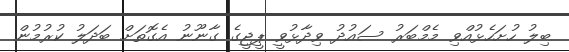
ބިލު ހުށަހެޅުއްވި މެމްބަރު ސައުދު ވިދާޅުވީ ޕީޖީގެ ގާނޫނު އެގޮތަށް ބަދަލު ކުރުމުން